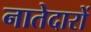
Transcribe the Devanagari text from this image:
नातेदारों